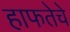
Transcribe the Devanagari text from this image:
हाफतेचे